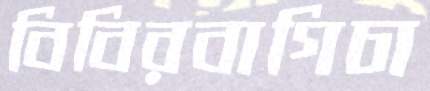
বিবিরবাগিচা